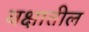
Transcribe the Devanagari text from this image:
वक्षातील